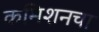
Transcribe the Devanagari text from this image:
कमिशनचा